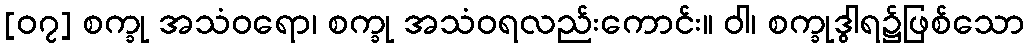
[၀၇] စက္ခု အသံဝရော၊ စက္ခု အသံဝရလည်းကောင်း။ ဝါ၊ စက္ခုဒွါရ၌ဖြစ်သော